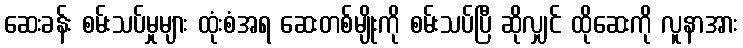
ဆေးခန်း စမ်းသပ်မှုများ ထုံးစံအရ ဆေးတစ်မျိုးကို စမ်းသပ်ပြီ ဆိုလျှင် ထိုဆေးကို လူနာအား